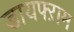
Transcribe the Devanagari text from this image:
डायफ्ऱाम